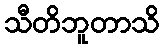
သီတိဘူတာသိ